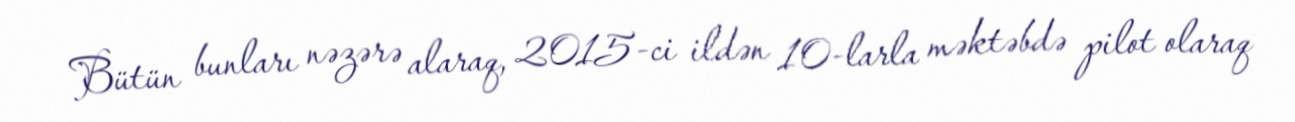
Bütün bunları nəzərə alaraq, 2015-ci ildən 10-larla məktəbdə pilot olaraq